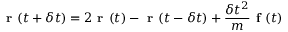
\textbf { r } ( t + \delta t ) = 2 \textbf { r } ( t ) - \textbf { r } ( t - \delta t ) + \frac { \delta t ^ { 2 } } { m } \textbf { f } ( t )